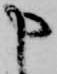
申